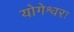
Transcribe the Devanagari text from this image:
योगेश्वरः